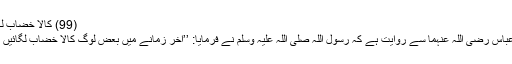
(99) کالا خضاب لگانا:
ابن عباس رضی اللہ عنہما سے روایت ہے کہ رسول اللہ صلی اللہ علیہ وسلم نے فرمایا: ’’آخر زمانے میں بعض لوگ کالا خضاب لگائیں گے۔